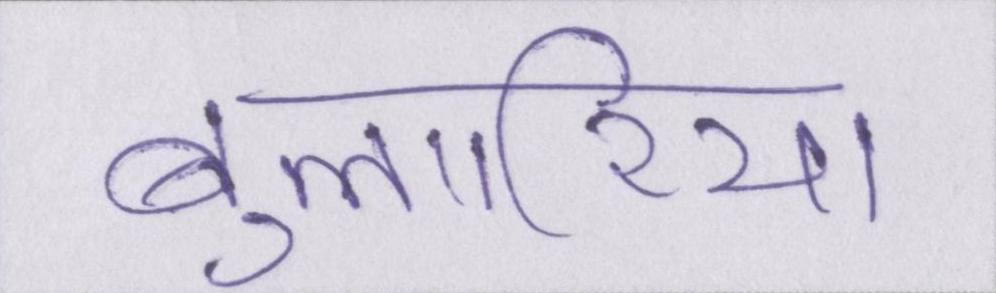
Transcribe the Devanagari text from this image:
बुल्गारिया